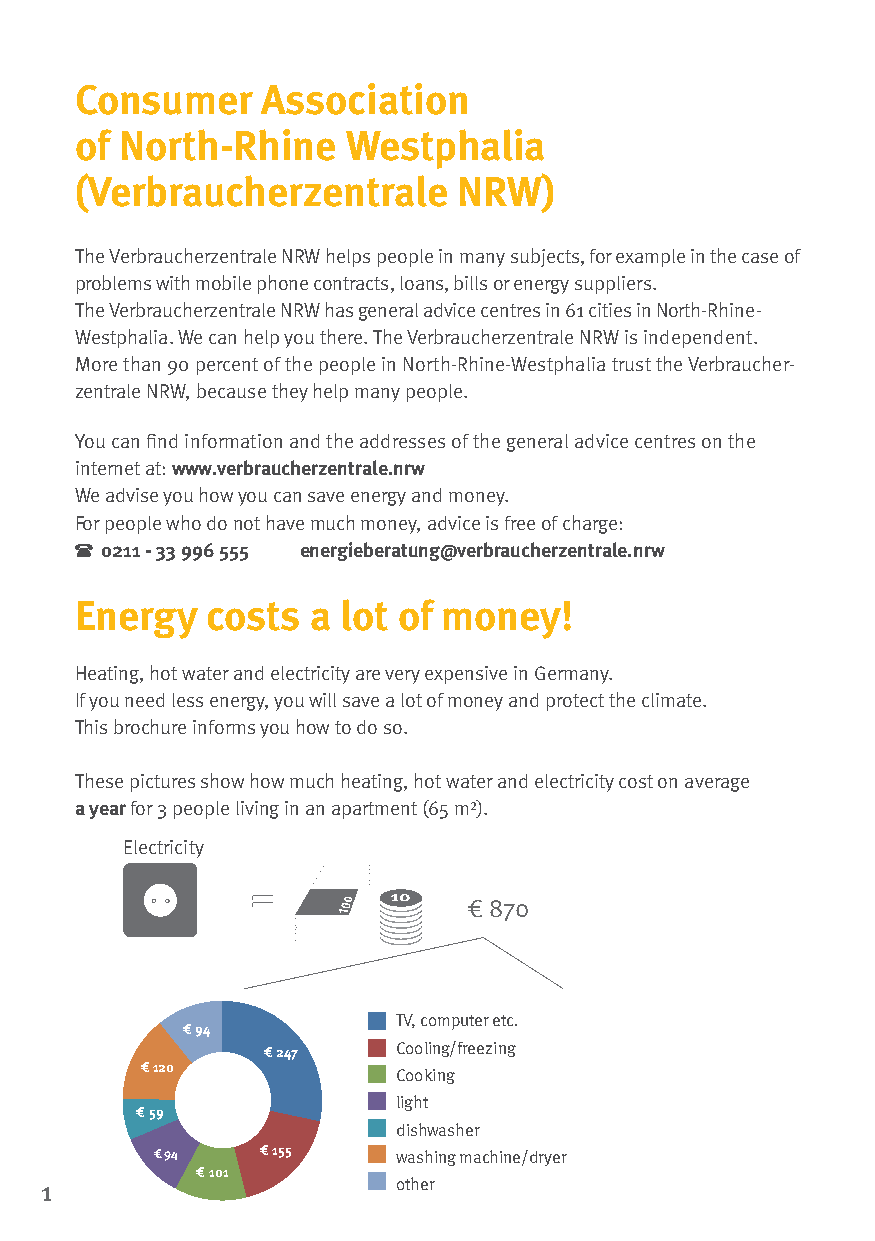
Consumer    Association
 of North-Rhine    Westphalia
 (Verbraucherzentrale     NRW)
 The Verbraucherzentrale NRW helps people in many subjects, for example in the case of
 problems with mobile phone contracts, loans, bills or energy suppliers.
 The Verbraucherzentrale NRW has general advice centres in 61 cities in North-Rhine-
 Westphalia. We can help you there. The Verbraucherzentrale NRW is independent.
 More than 90 percent of the people in North-Rhine-Westphalia trust the Verbraucher-
 zentrale NRW, because they help many people.
 You can find information and the addresses of the general advice centres on the
 internet at: www.verbraucherzentrale.nrw
 We advise you how you can save energy and money.
 For people who do not have much money, advice is free of charge:
 0211 - 33 996 555 energieberatung@verbraucherzentrale.nrw
 Energy   costs a  lot of money!
 Heating, hot water and electricity are very expensive in Germany.
 If you need less energy, you will save a lot of money and protect the climate.
 This brochure informs you how to do so.
 These pictures show how much heating, hot water and electricity cost on average
 a year for 3 people living in an apartment (65 m²).
 Electricity
 € 870
 TV, computer etc.
 €94
 €247     Cooling/freezing
 €120
 Cooking
 light
 €59
 dishwasher
 € 94   €155     washing machine/dryer
 €101
 1                      other